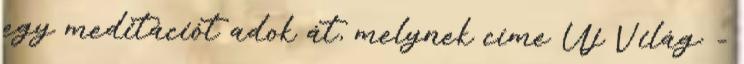
egy meditációt adok át, melynek címe Új Világ: -